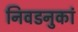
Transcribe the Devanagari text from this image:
निवडनुकां